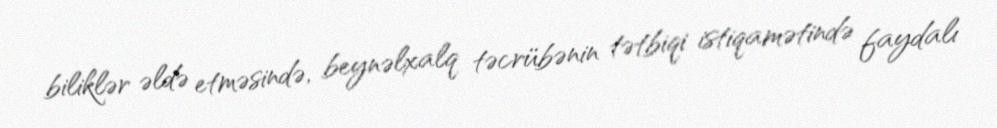
biliklər əldə etməsində, beynəlxalq təcrübənin tətbiqi istiqamətində faydalı